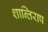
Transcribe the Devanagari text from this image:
शान्तिराप